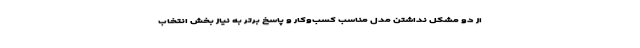
از دو مشکل نداشتن مدل مناسب کسب‌وکار و پاسخ برتر به نیاز بخش انتخاب